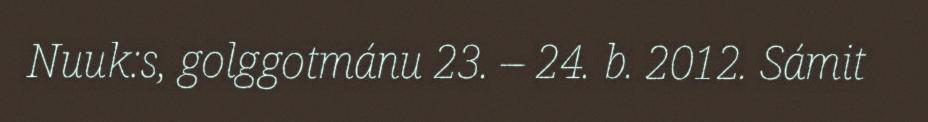
Nuuk:s, golggotmánu 23. – 24. b. 2012. Sámit